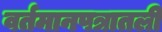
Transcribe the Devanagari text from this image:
वर्तमानपत्रातली